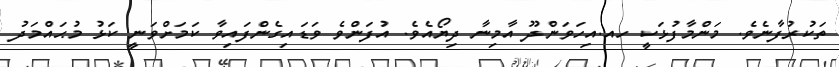
ތަކުރުފާނެވެ. މަންމާފުޅަކީ ހއ.އިހަވަންދޫ އާމިނާ ދިޔޯއެވެ. އުފަންވެ ވަޑައިގެންފައިވާ ކަމަށްވަނީ ކަޅު މުޙައްމަދު